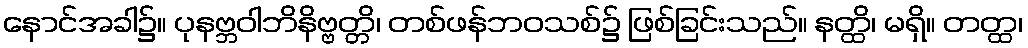
နောင်အခါ၌။ ပုနဗ္ဘဝါဘိနိဗ္ဗတ္တိ၊ တစ်ဖန်ဘဝသစ်၌ ဖြစ်ခြင်းသည်။ နတ္ထိ၊ မရှိ။ တတ္ထ၊